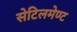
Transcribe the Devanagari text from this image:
सेटिलमेण्ट